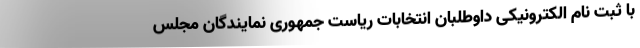
با ثبت نام الکترونیکی داوطلبان انتخابات ریاست جمهوری نمایندگان مجلس